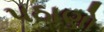
પઠાણો